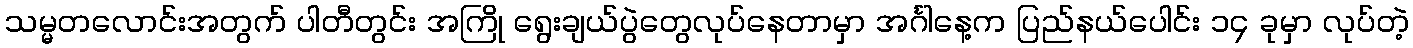
သမ္မတလောင်းအတွက် ပါတီတွင်း အကြို ရွေးချယ်ပွဲတွေလုပ်နေတာမှာ အင်္ဂါနေ့က ပြည်နယ်ပေါင်း ၁၄ ခုမှာ လုပ်တဲ့